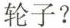
轮子?